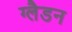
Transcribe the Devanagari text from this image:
ग्लैडन